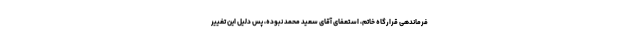
فرماندهی قرارگاه خاتم، استعفای آقای سعید محمد نبوده، پس دلیل این تغییر